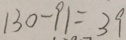
1 3 0 - 9 1 = 3 9